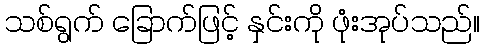
သစ်ရွက် ခြောက်ဖြင့် နှင်းကို ဖုံးအုပ်သည်။